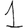
Digit: 1